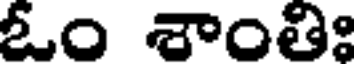
ఓం శాంతిః